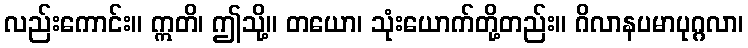
လည်းကောင်း။ ဣတိ၊ ဤသို့။ တယော၊ သုံးယောက်တို့တည်း။ ဂိလာနပမာပုဂ္ဂလာ၊